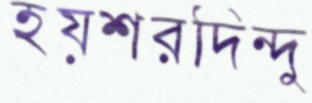
হয়শরদিন্দু